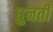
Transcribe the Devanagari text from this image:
घुनती